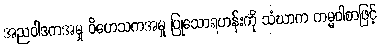
အညဝါဒကအမှု ဝိဟေသကအမှု ပြုသောရဟန်းကို သံဃာက ကမ္မဝါစာဖြင့်